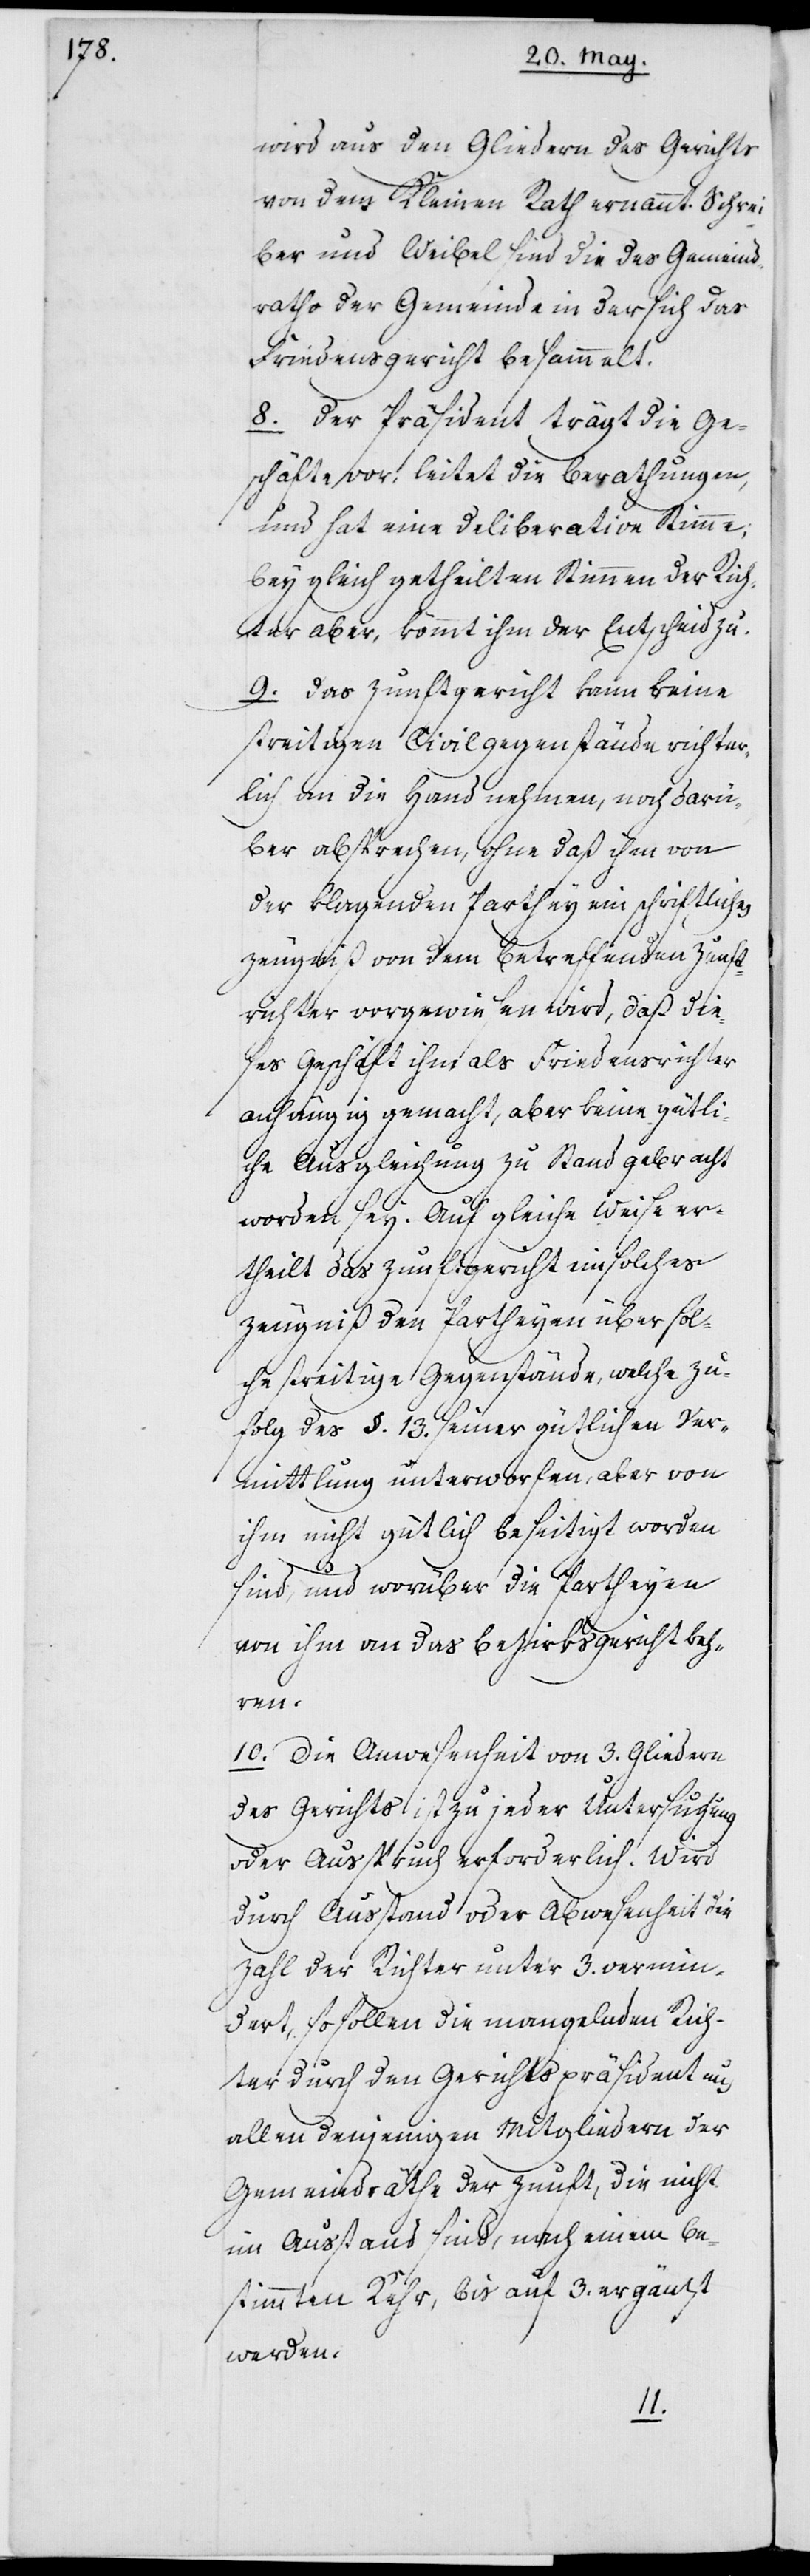
wird aus den Gliedern des Gerichts
von dem Kleinen Rath ernannt. Schrei¬
ber und Weibel sind die des Gemeind¬
raths der Gemeinde in der sich das
Friedensgericht besammelt.
8. Der Präsident trägt die Ge¬
schäfte vor, leitet die Berathungen,
und hat eine Deliberation Stimme,
bey gleich getheilten Stimmen der Rich¬
ter aber, kommt ihm der Entscheid zu.
9. Das Zunftgericht kann keine
streitigen Civilgegenstände richter¬
lich an die Hand nehmen, noch darü¬
ber absprechen, ohne daß ihm von
der klagenden Parthey ein schriftliches
Zeugniß von dem betreffenden Zunft¬
richter vorgewiesen wird, daß die¬
ses Geschäft ihm als Friedensrichter
anhängig gemacht, aber keine gütli¬
che Ausgleichung zu Stand gebracht
worden sey. Auf gleiche Weise er¬
theilt das Zunftgericht ein solches
Zeugniß den Partheyen über sol¬
che streitige Gegenstände, welche zu¬
folg des §. 13 seiner gütlichen Ver¬
mittlung unterworfen, aber von
ihm nicht gütlich beseitigt worden
sind, und worüber die Partheyen
von ihm an das Bezirksgericht keh¬
ren.
10. Die Anwesenheit von 3. Gliedern
des Gerichts ist zu jeder Untersuchung
oder Ausspruch erforderlich. Wird
durch Ausstand oder Abwesenheit die
Zahl der Richter unter 3. vermin¬
dert, so sollen die mangelnden Rich¬
ter durch den Gerichtspräsident aus
allen denjenigen Mitgliedern der
Gemeindräthe der Zunft, die nicht
in Ausstand sind, nach einem be¬
stimmten Kehr, bis auf 3. ergänzt
werden.